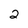
Character: 2